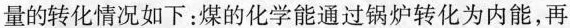
量的转化情况如下：煤的化学能通过锅炉转化为内能，再